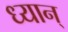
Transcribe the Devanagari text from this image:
ध्यान्